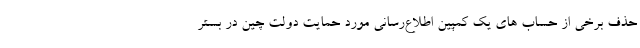
حذف برخی از حساب های یک کمپین اطلاع‌رسانی مورد حمایت دولت چین در بستر